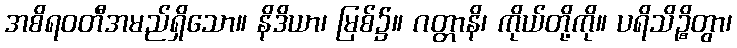
အစိရဝတီအမည်ရှိသော။ နိဒိယာ၊ မြစ်၌။ ဂတ္တာနိ၊ ကိုယ်တို့ကို။ ပရိသိဉ္စိတွာ၊